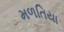
મળતિયા